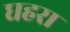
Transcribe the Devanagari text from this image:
घहरा